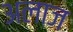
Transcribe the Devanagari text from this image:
अलाज